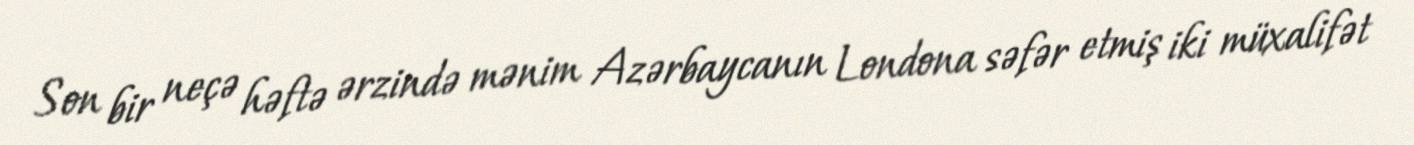
Son bir neçə həftə ərzində mənim Azərbaycanın Londona səfər etmiş iki müxalifət